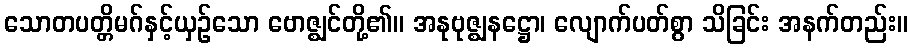
သောတပတ္တိမဂ်နှင့်ယှဉ်သော ဗောဇ္ဈင်တို့၏။ အနုဗုဇ္ဈနဋ္ဌော၊ လျောက်ပတ်စွာ သိခြင်း အနက်တည်း။